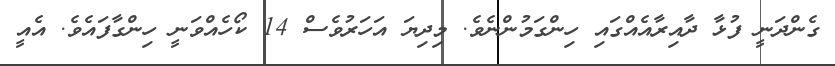
ގެންދަނީ ފުޅާ ދާއިރާއެއްގައި ހިންގަމުންނެވެ. މިދިޔަ އަހަރުވެސް 14 ކޯހެއްވަނީ ހިންގާފައެވެ. އެއީ